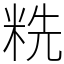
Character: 䊁